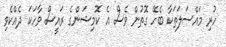
ހުރި މައްސަލަތަކާ ބެހޭ ގޮތުން ވެސް އެ ކޮމިޝަންގެ ރައީސް ވާހަކަ ދެއްކެވި